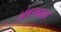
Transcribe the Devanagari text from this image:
अंतरकाश